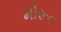
મીરૂત